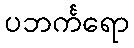
ပဘင်္ကရော